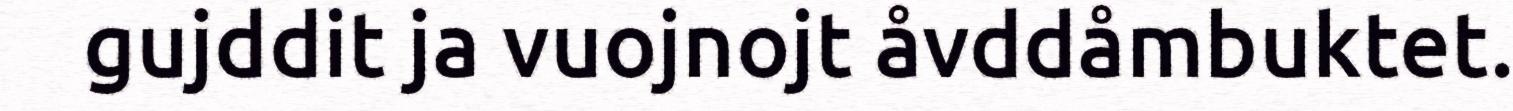
gujddit ja vuojnojt åvddåmbuktet.